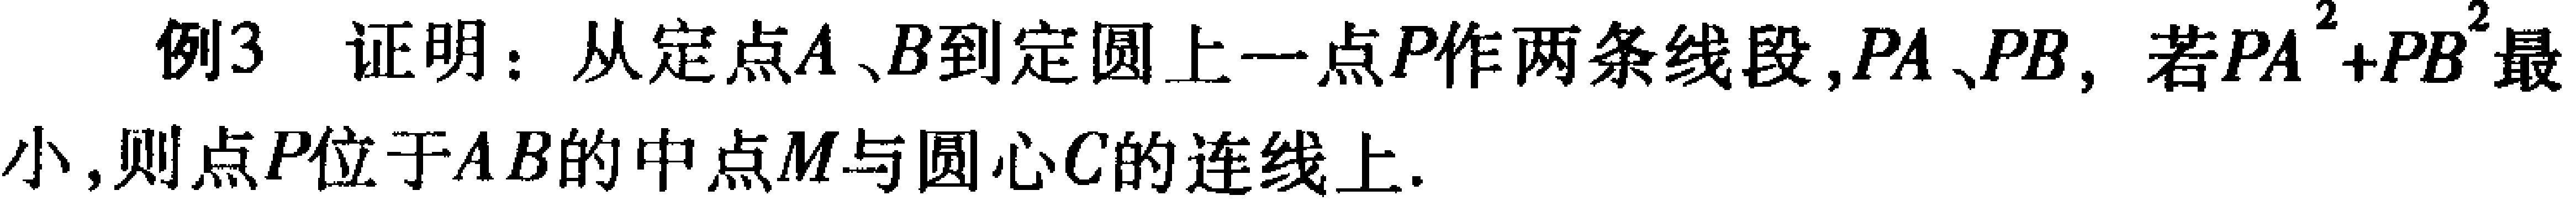
例3 证明：从定点\(A、B\)到定圆上一点\(P\)作两条线段，\(PA、PB\)，若\(PA^{2}+PB^{2}\)最
小，则点\(P\)位于\(AB\)的中点\(M\)与圆心\(C\)的连线上.